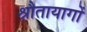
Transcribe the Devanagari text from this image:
श्रौतायागों